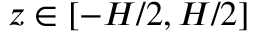
z \in [ - H / 2 , H / 2 ]